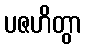
ပဇဟိတွာ